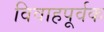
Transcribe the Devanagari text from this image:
विवाहपूर्वक